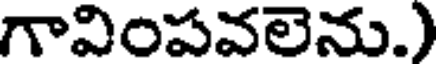
గావింపవలెను.)